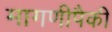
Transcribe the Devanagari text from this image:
मागणीपैकी